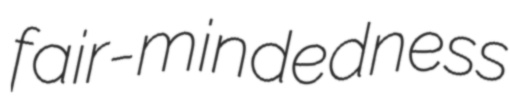
fair-mindedness